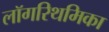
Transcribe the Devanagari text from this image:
लॉगरिथमिका